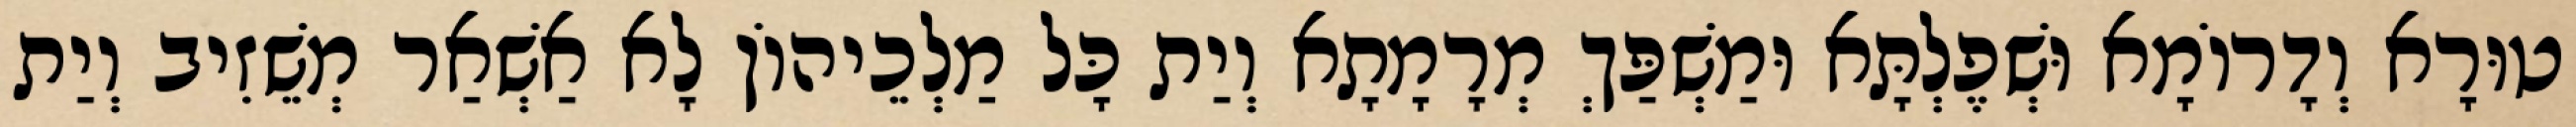
טוּרָא וְדָרוֹמָא וּשְׁפֶלְתָּא וּמַשְׁפַּךְ מְרָמָתָא וְיַת כָּל מַלְכֵיהוֹן לָא אַשְׁאַר מְשֵׁזִיב וְיַת